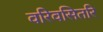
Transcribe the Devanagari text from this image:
वरिवसितरि